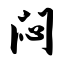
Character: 闷